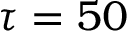
\tau = 5 0